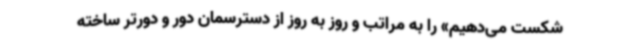
شکست می‌دهیم» را به مراتب و روز به روز از دسترسمان دور و دورتر ساخته